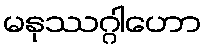
မနုဿဂ္ဂါဟော